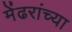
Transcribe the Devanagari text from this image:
मेंढरांच्या